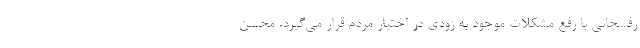
رفسجانی با رفع مشکلات موجود به زودی در اختیار مردم قرار می‌گیرد. محسن